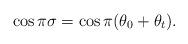
LaTeX: \begin{align*}\cos\pi\sigma = \cos\pi(\theta_0+\theta_t).\end{align*}